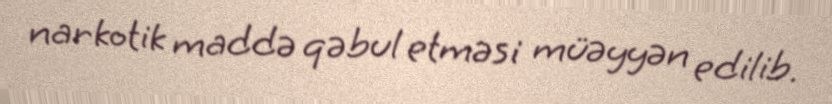
narkotik maddə qəbul etməsi müəyyən edilib.